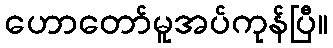
ဟောတော်မူအပ်ကုန်ပြီ။